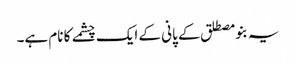
یہ بنو مصطلق کے پانی کے ایک چشمے کا نام ہے۔